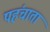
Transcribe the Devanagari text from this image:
पहंचाता